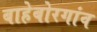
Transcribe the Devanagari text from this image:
बाहेबोरगांव